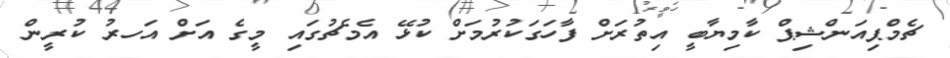
ޗެމްޕިއަންޝިޕް ކާމިޔާބީ އިތުރަށް ފާހަގަކުރުމަށް ކުޅޭ އެމެޗުގައި މީގެ އަށް އަހރު ކުރީން